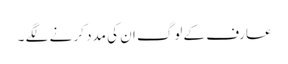
عارف کے لوگ ان کی مدد کر نے لگے ۔